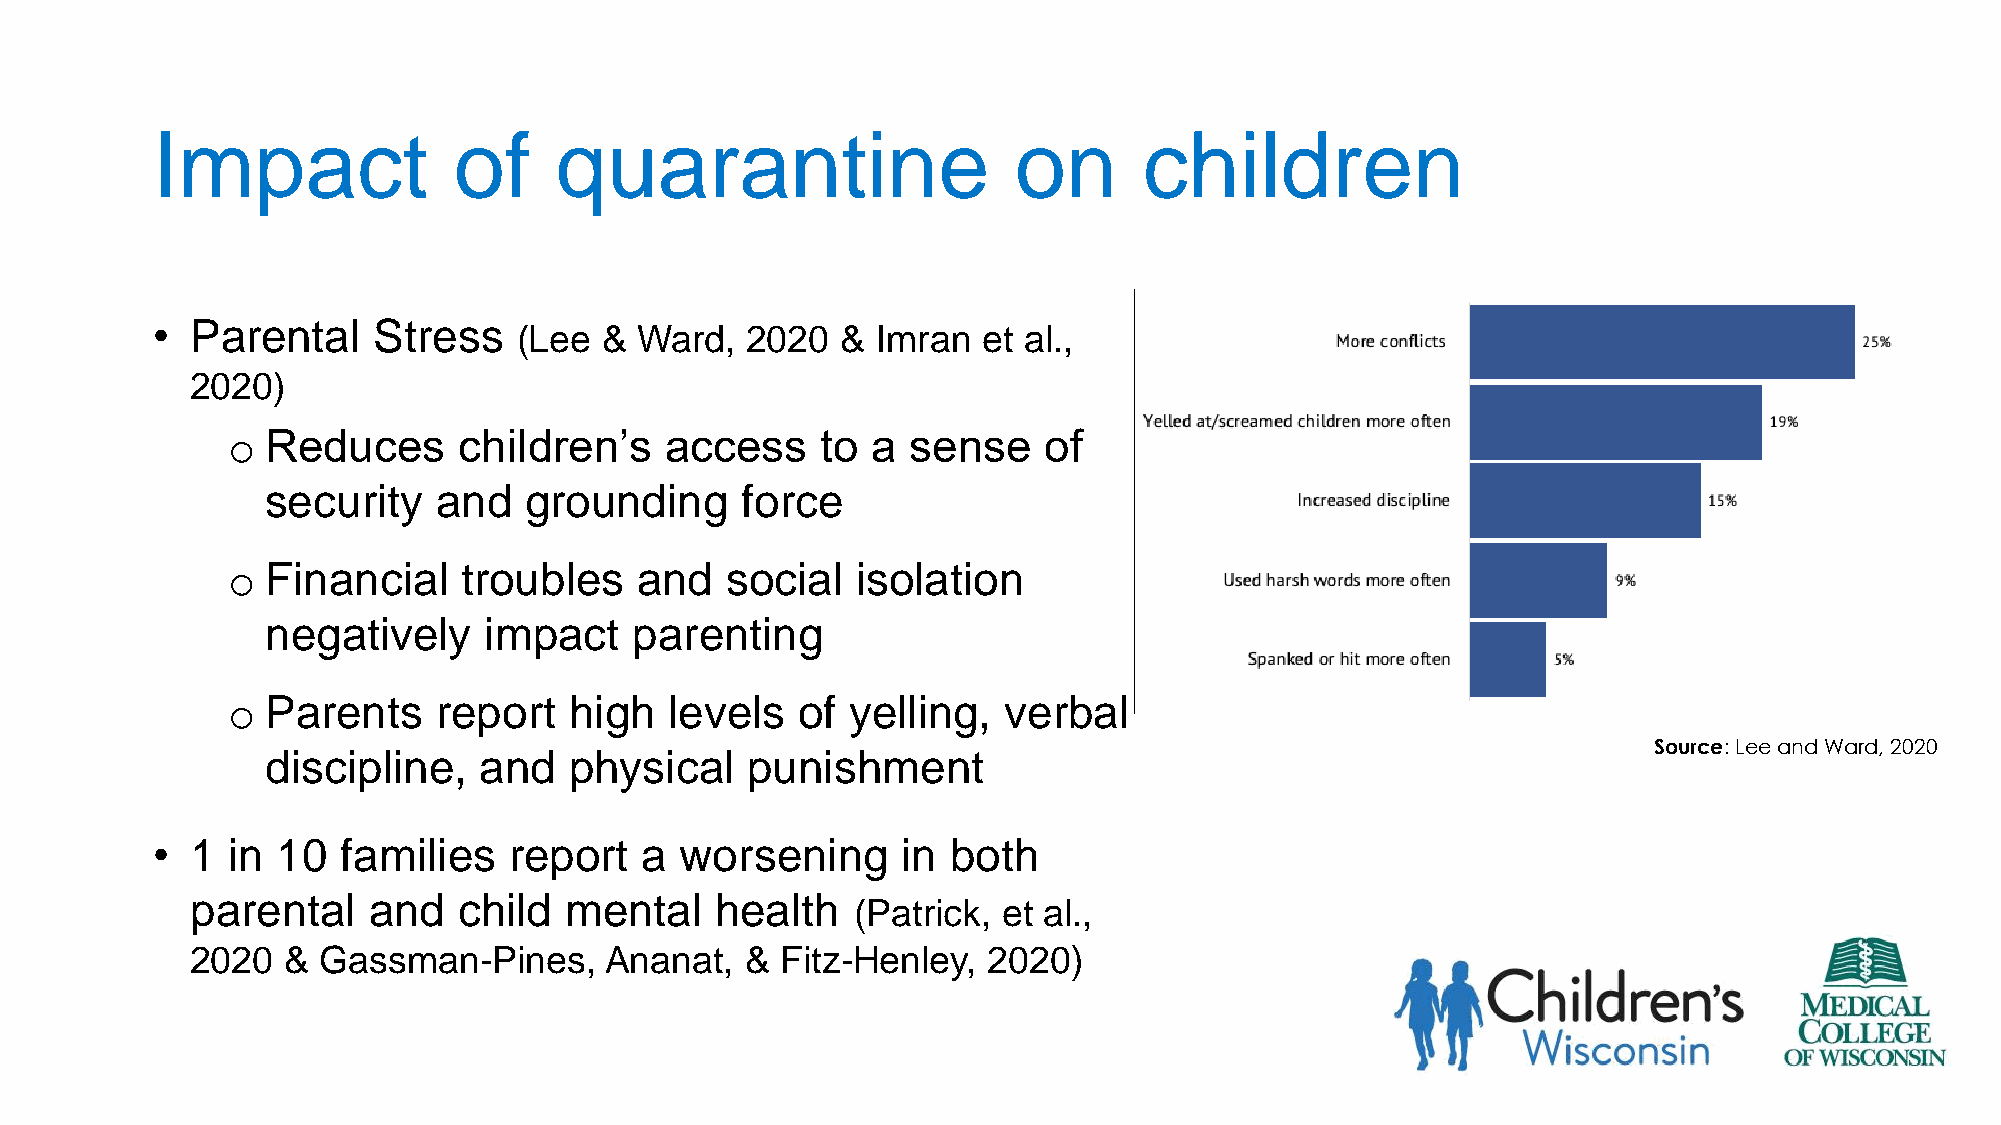
Impact              of     quarantine                    on       children
 •  Parental    Stress
 (Lee  & Ward,  2020   & Imran  et al.,
 2020)
 o  Reduces     children’s    access    to  a sense    of
 security   and   grounding     force
 o  Financial    troubles   and   social   isolation
 negatively    impact    parenting
 o  Parents    report   high  levels   of yelling,  verbal
 Source: Lee and Ward, 2020
 discipline,   and   physical   punishment
 •  1 in 10   families   report  a  worsening      in both
 parental   and   child  mental    health
 (Patrick, et al.,
 2020  & Gassman-Pines,     Ananat,  &  Fitz-Henley, 2020)